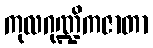
ကုလဂုဏ္ဍိကဇာတာ